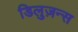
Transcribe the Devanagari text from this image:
डिलुज़न्स